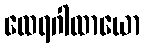
ထေရဂါထာယော